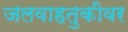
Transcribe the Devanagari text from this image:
जलवाहतुकीवर